Plague in India, 1896, 1897 - Volume 1
Year: 1896
Disease focus: Plague
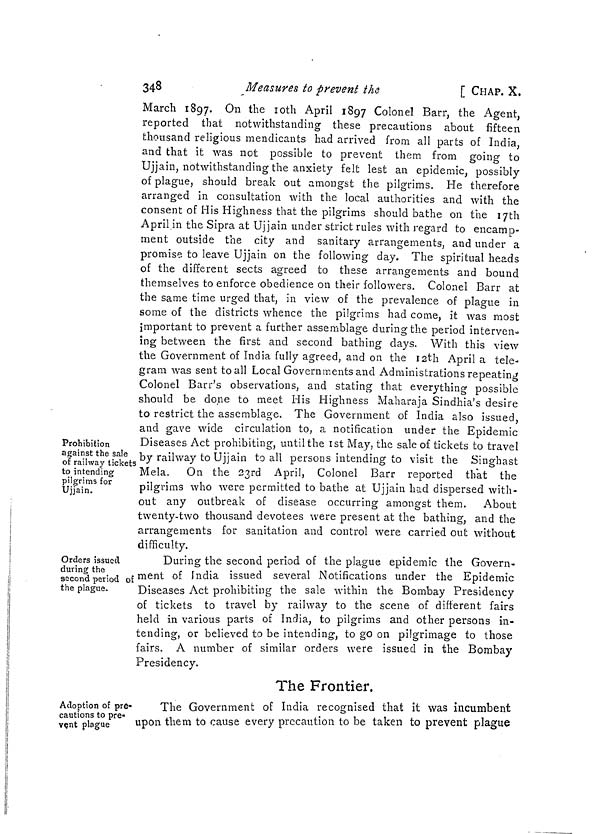
348
Measures to prevent the
[ CHAP. X.
Prohibition
against the sale
of railway tickets
to intending
pilgrims for
Ujjain.
March 1897. On the 10th April 1897 Colonel Barr, the Agent,
reported that notwithstanding these precautions about fifteen
thousand religious mendicants had arrived from all parts of India,
and that it was not possible to prevent them from going to
Ujjain, notwithstanding the anxiety felt lest an epidemic, possibly
of plague, should break out amongst the pilgrims. He therefore
arranged in consultation with the local authorities and with the
consent of His Highness that the pilgrims should bathe on the 17th
April in the Sipra at Ujjain under strict rules with regard to encamp-
ment outside the city and sanitary arrangements, and under a
promise to leave Ujjain on the following day. The spiritual heads
of the different sects agreed to these arrangements and bound
themselves to enforce obedience on their followers. Colonel Barr at
the same time urged that, in view of the prevalence of plague in
some of the districts whence the pilgrims had come, it was most
important to prevent a further assemblage during the period interven-
ing between the first and second bathing days. With this view
the Government of India fully agreed, and on the 12th April a tele-
gram was sent to all Local Governments and Administrations repeating
Colonel Barr's observations, and stating that everything possible
should be done to meet His Highness Maharaja Sindhia's desire
to restrict the assemblage. The Government of India also issued,
and gave wide circulation to, a notification under the Epidemic
Diseases Act prohibiting, until the 1st May, the sale of tickets to travel
by railway to Ujjain to all persons intending to visit the Singhast
Mela. On the 23rd April, Colonel Barr reported that the
pilgrims who were permitted to bathe at Ujjain had dispersed with-
out any outbreak of disease occurring amongst them. About
twenty-two thousand devotees were present at the bathing, and the
arrangements for sanitation and control were carried out without
difficulty.
Orders issued
during the
second period of
the plague.
During the second period of the plague epidemic the Govern-
ment of India issued several Notifications under the Epidemic
Diseases Act prohibiting the sale within the Bombay Presidency
of tickets to travel by railway to the scene of different fairs
held in various parts of India, to pilgrims and other persons in-
tending, or believed to be intending, to go on pilgrimage to those
fairs. A number of similar orders were issued in the Bombay
Presidency.
The Frontier.
Adoption of pre-
cautions to pre-
vent plague
The Government of India recognised that it was incumbent
upon them to cause every precaution to be taken to prevent plague